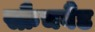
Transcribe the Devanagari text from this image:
स्क्रैचबैंड